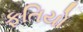
ફતિયો